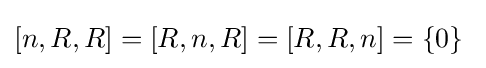
[n,R,R]=[R,n,R]=[R,R,n]=\{0\}\